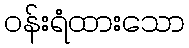
ဝန်းရံထားသော